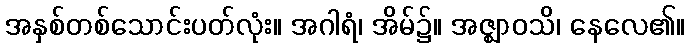
အနှစ်တစ်သောင်းပတ်လုံး။ အဂါရံ၊ အိမ်၌။ အဇ္ဈာဝသိ၊ နေလေ၏။